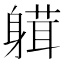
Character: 𨉴